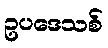
ဥပဒေသစ်